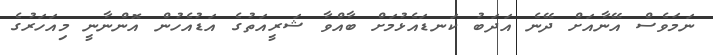
ނަމަވެސް އޭނާއަށް ދޭނެ އަދަބު ކަނޑައެޅުމަށް ބާއްވާ ޝަރީއަތުގެ އަޑުއެހުން އޮންނާނީ މިއަހަރުގެ